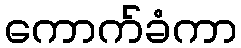
ကောက်ခံကာ